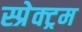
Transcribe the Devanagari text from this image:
स्प्रेक्ट्रम